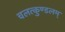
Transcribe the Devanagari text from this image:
चलत्कुण्डलम्